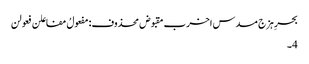
بحرِ ہزج مسدس اخرب مقبوض محذوف:مفعولُ مفاعلن فعولن
4۔